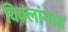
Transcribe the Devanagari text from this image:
विक्लांगता